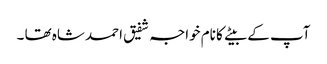
آپ کے بیتے کا نام خواجہ شفیق احمد شاہ تھا ۔